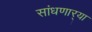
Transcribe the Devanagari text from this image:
सांधणार्‍या